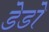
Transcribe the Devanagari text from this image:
डेडो